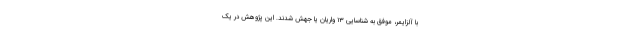
با آلزایمر، موفق به شناسایی ۱۳ واریان یا جهش شدند. این پژوهش در یک